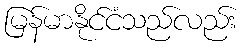
မြန်မာနိုင်ငံသည်လည်း